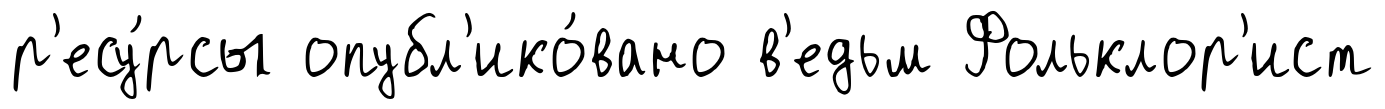
р'есу́рсы опубл'ико́вано в'едьм Фольклор'ист